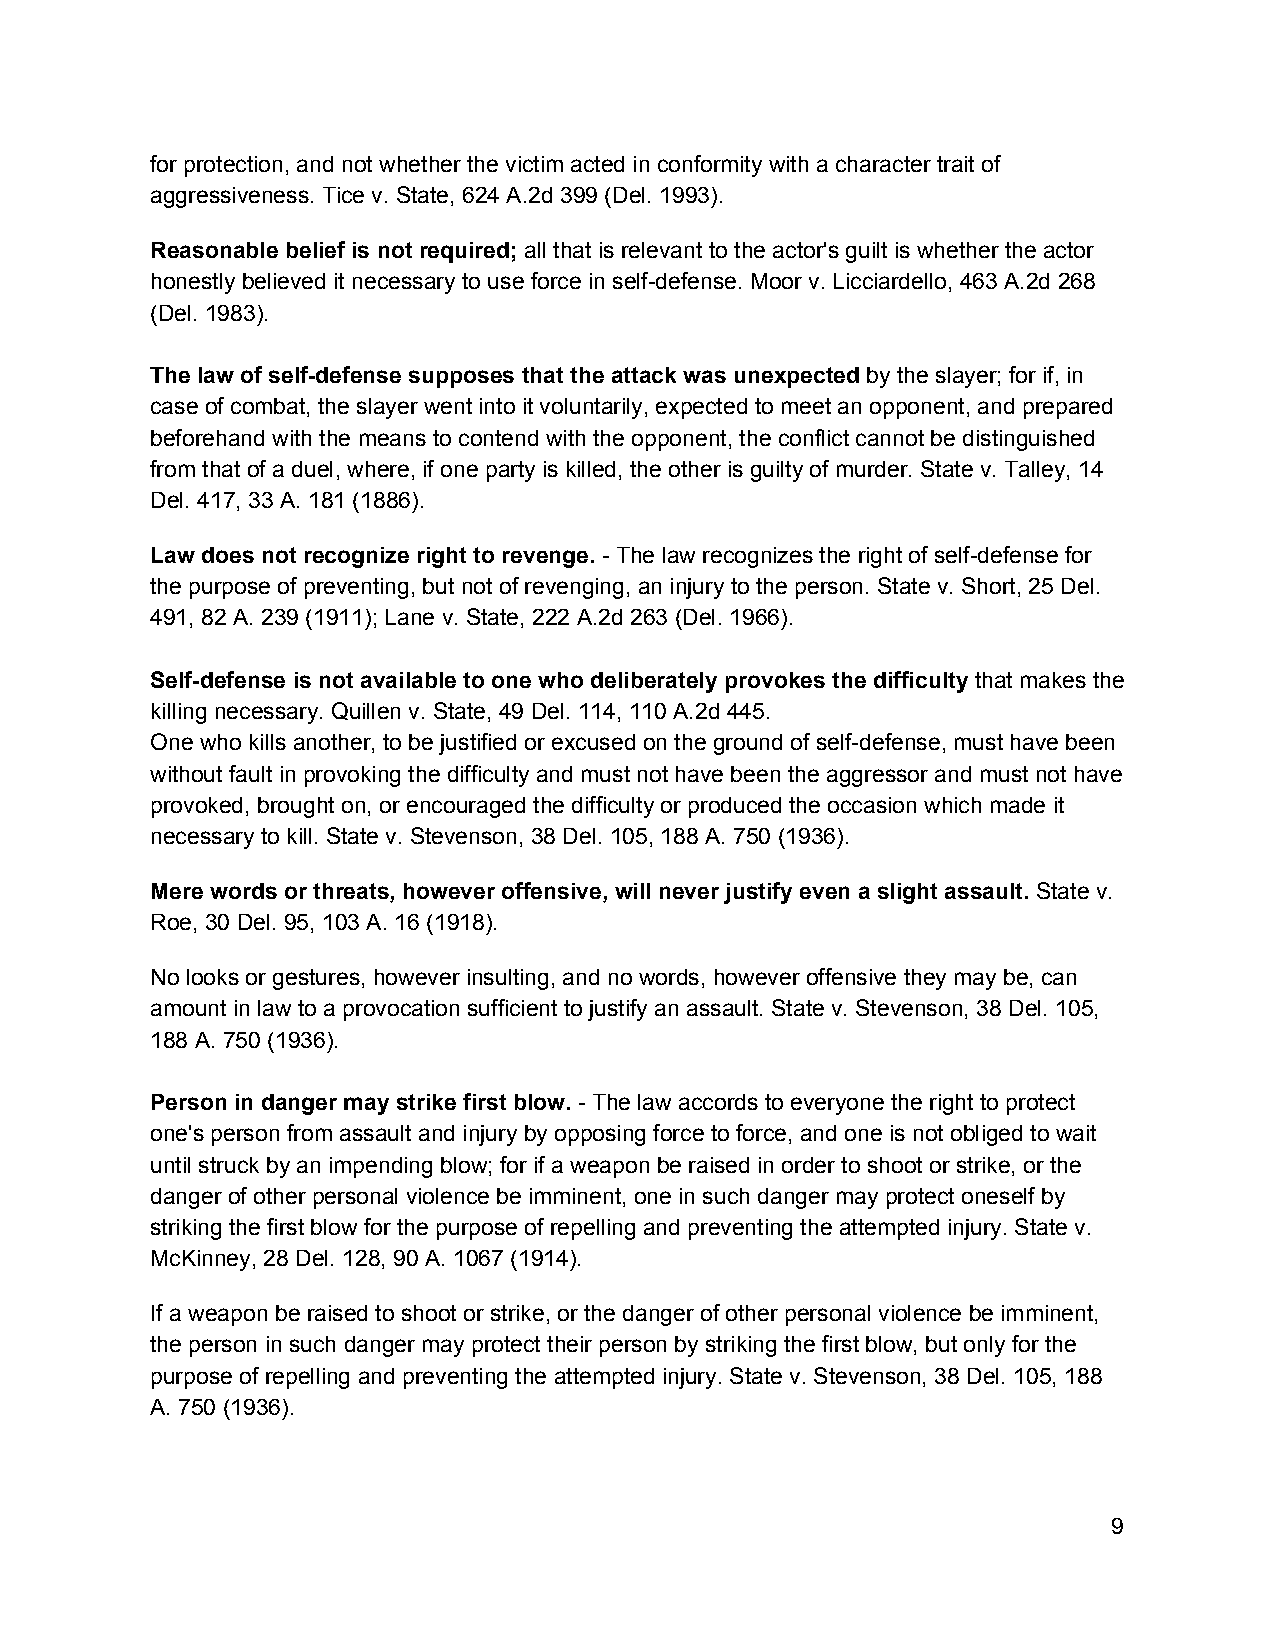
for protection, and not whether the victim acted in conformity with a character trait of
 aggressiveness. Tice v. State, 624 A.2d 399 (Del. 1993).
 Reasonable belief is not required; all that is relevant to the actor's guilt is whether the actor
 ​
 honestly believed it necessary to use force in self-defense. Moor v. Licciardello, 463 A.2d 268
 (Del. 1983).
 The law of self-defense supposes that the attack was unexpected by the slayer; for if, in
 ​
 case of combat, the slayer went into it voluntarily, expected to meet an opponent, and prepared
 beforehand with the means to contend with the opponent, the conflict cannot be distinguished
 from that of a duel, where, if one party is killed, the other is guilty of murder. State v. Talley, 14
 Del. 417, 33 A. 181 (1886).
 Law does not recognize right to revenge. - The law recognizes the right of self-defense for
 ​
 the purpose of preventing, but not of revenging, an injury to the person. State v. Short, 25 Del.
 491, 82 A. 239 (1911); Lane v. State, 222 A.2d 263 (Del. 1966).
 Self-defense is not available to one who deliberately provokes the difficulty that makes the
 ​
 killing necessary. Quillen v. State, 49 Del. 114, 110 A.2d 445.
 One who kills another, to be justified or excused on the ground of self-defense, must have been
 without fault in provoking the difficulty and must not have been the aggressor and must not have
 provoked, brought on, or encouraged the difficulty or produced the occasion which made it
 necessary to kill. State v. Stevenson, 38 Del. 105, 188 A. 750 (1936).
 Mere words or threats, however offensive, will never justify even a slight assault. State v.
 ​
 Roe, 30 Del. 95, 103 A. 16 (1918).
 No looks or gestures, however insulting, and no words, however offensive they may be, can
 amount in law to a provocation sufficient to justify an assault. State v. Stevenson, 38 Del. 105,
 188 A. 750 (1936).
 Person in danger may strike first blow. - The law accords to everyone the right to protect
 ​
 one's person from assault and injury by opposing force to force, and one is not obliged to wait
 until struck by an impending blow; for if a weapon be raised in order to shoot or strike, or the
 danger of other personal violence be imminent, one in such danger may protect oneself by
 striking the first blow for the purpose of repelling and preventing the attempted injury. State v.
 McKinney, 28 Del. 128, 90 A. 1067 (1914).
 If a weapon be raised to shoot or strike, or the danger of other personal violence be imminent,
 the person in such danger may protect their person by striking the first blow, but only for the
 purpose of repelling and preventing the attempted injury. State v. Stevenson, 38 Del. 105, 188
 A. 750 (1936).
 9